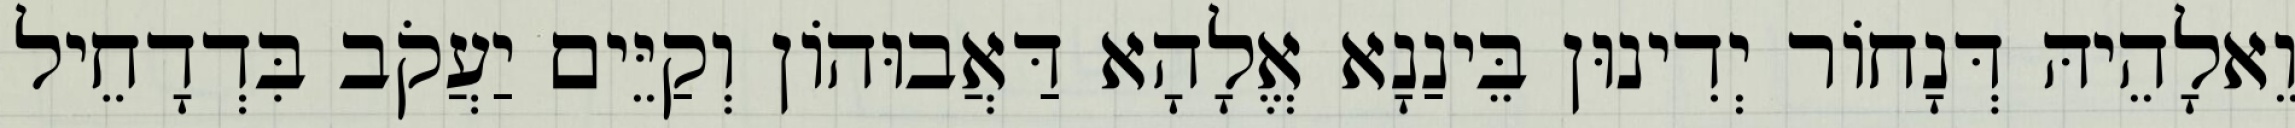
וֵאלָהֵיהּ דְּנָחוֹר יְדִינוּן בֵּינַנָא אֱלָהָא דַּאֲבוּהוֹן וְקַיֵּים יַעֲקֹב בִּדְדָחֵיל